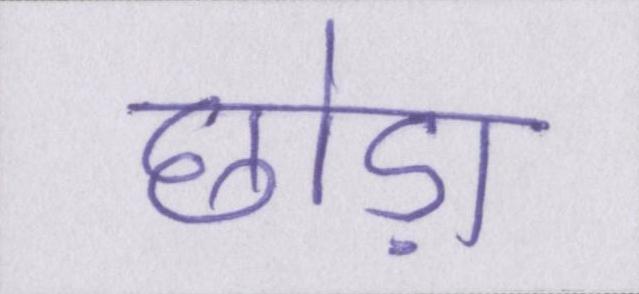
छोड़ा